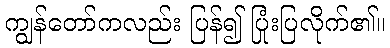
ကျွန်တော်ကလည်း ပြန်၍ ပြုံးပြလိုက်၏။